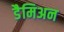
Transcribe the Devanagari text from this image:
डैमिअन